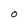
Character: o